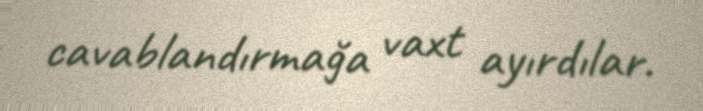
cavablandırmağa vaxt ayırdılar.